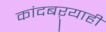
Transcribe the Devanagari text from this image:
कांदबऱ्याही